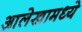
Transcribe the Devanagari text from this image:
आलेखामध्ये